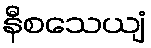
နီစသေယျံ